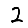
Digit: 2